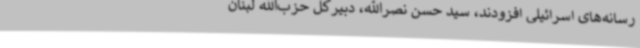
رسانه‌های اسرائیلی افزودند، سید حسن نصرالله، دبیرکل حزب‌الله لبنان